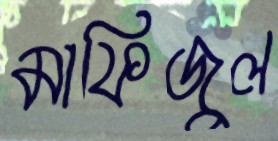
মাফিজুল